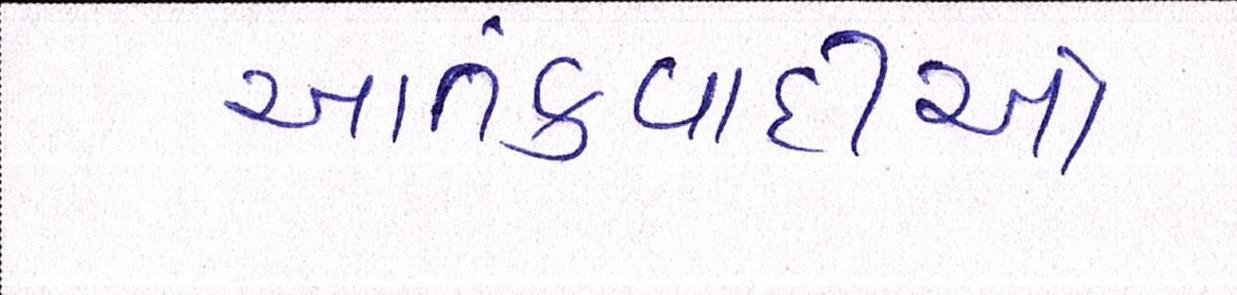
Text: આતંકવાદીઓ